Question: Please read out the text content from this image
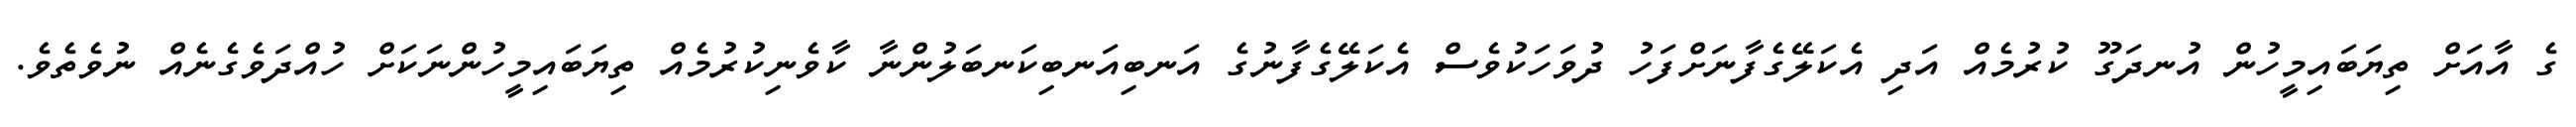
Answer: ގެ އާއަށް ތިޔަބައިމީހުން އުނދަގޫ ކުރުމެއް އަދި އެކަލޭގެފާނަށްފަހު ދުވަހަކުވެސް އެކަލޭގެފާނުގެ އަނބިއަނބިކަނބަލުންނާ ކާވެނިކުރުމެއް ތިޔަބައިމީހުންނަކަށް ހުއްދަވެގެނެއް ނުވެތެވެ.